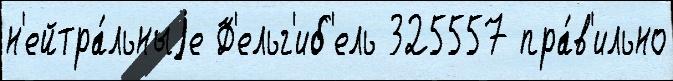
н'ейтра́льныjе Ф'ельг'иб'ель 325557 пра́в'ильно